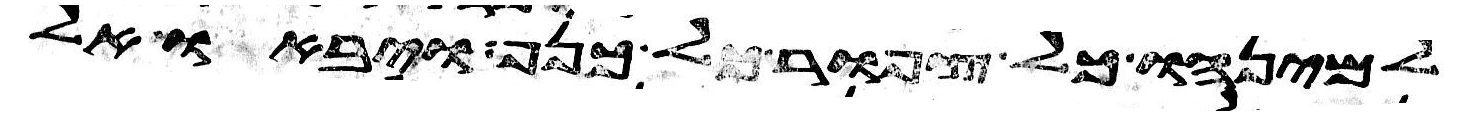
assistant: למינהו כל צפור כל כנף ויבאו אל